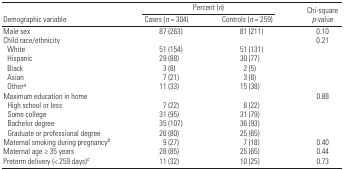
| <ROWSPAN=2> Demographic variable | <COLSPAN=2> Percent (n) | <ROWSPAN=2> Chi-square p-value |
 | Cases (n = 304) | Controls (n = 259) |
 | --- | --- | --- | --- |
 | Male sex | 87 (263) | 81 (211) | 0.10 |
 | Child race/ethnicity |  |  | 0.21 |
 | White | 51 (154) | 51 (131) |  |
 | Hispanic | 29 (88) | 30 (77) |  |
 | Black | 3 (8) | 2 (5) |  |
 | Asian | 7 (21) | 3 (8) |  |
 | Othera | 11 (33) | 15 (38) |  |
 | Maximum education in home |  |  | 0.88 |
 | High school or less | 7 (22) | 8 (22) |  |
 | Some college | 31 (95) | 31 (79) |  |
 | Bachelor degree | 35 (107) | 36 (93) |  |
 | Graduate or professional degree | 26 (80) | 25 (65) |  |
 | Maternal smoking during pregnancyb | 9 (27) | 7 (18) | 0.40 |
 | Maternal age ≥ 35 years | 28 (85) | 25 (65) | 0.44 |
 | Preterm delivery (< 259 days)c | 11 (32) | 10 (25) | 0.73 |